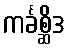
ကင်္ခစ္ဆိဒ